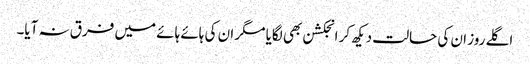
اگلے روز ان کی حالت دیکھ کر انجکشن بھی لگایا مگر ان کی ہائے ہائے میں فرق نہ آیا۔